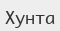
Хунта